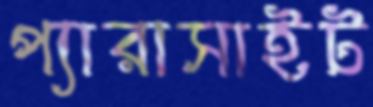
প্যারাসাইট